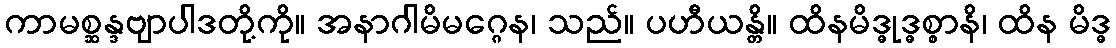
ကာမစ္ဆန္ဒဗျာပါဒတို့ကို။ အနာဂါမိမဂ္ဂေန၊ သည်။ ပဟီယန္တိ။ ထိနမိဒ္ဓုဒ္ဓစ္စာနိ၊ ထိန မိဒ္ဓ